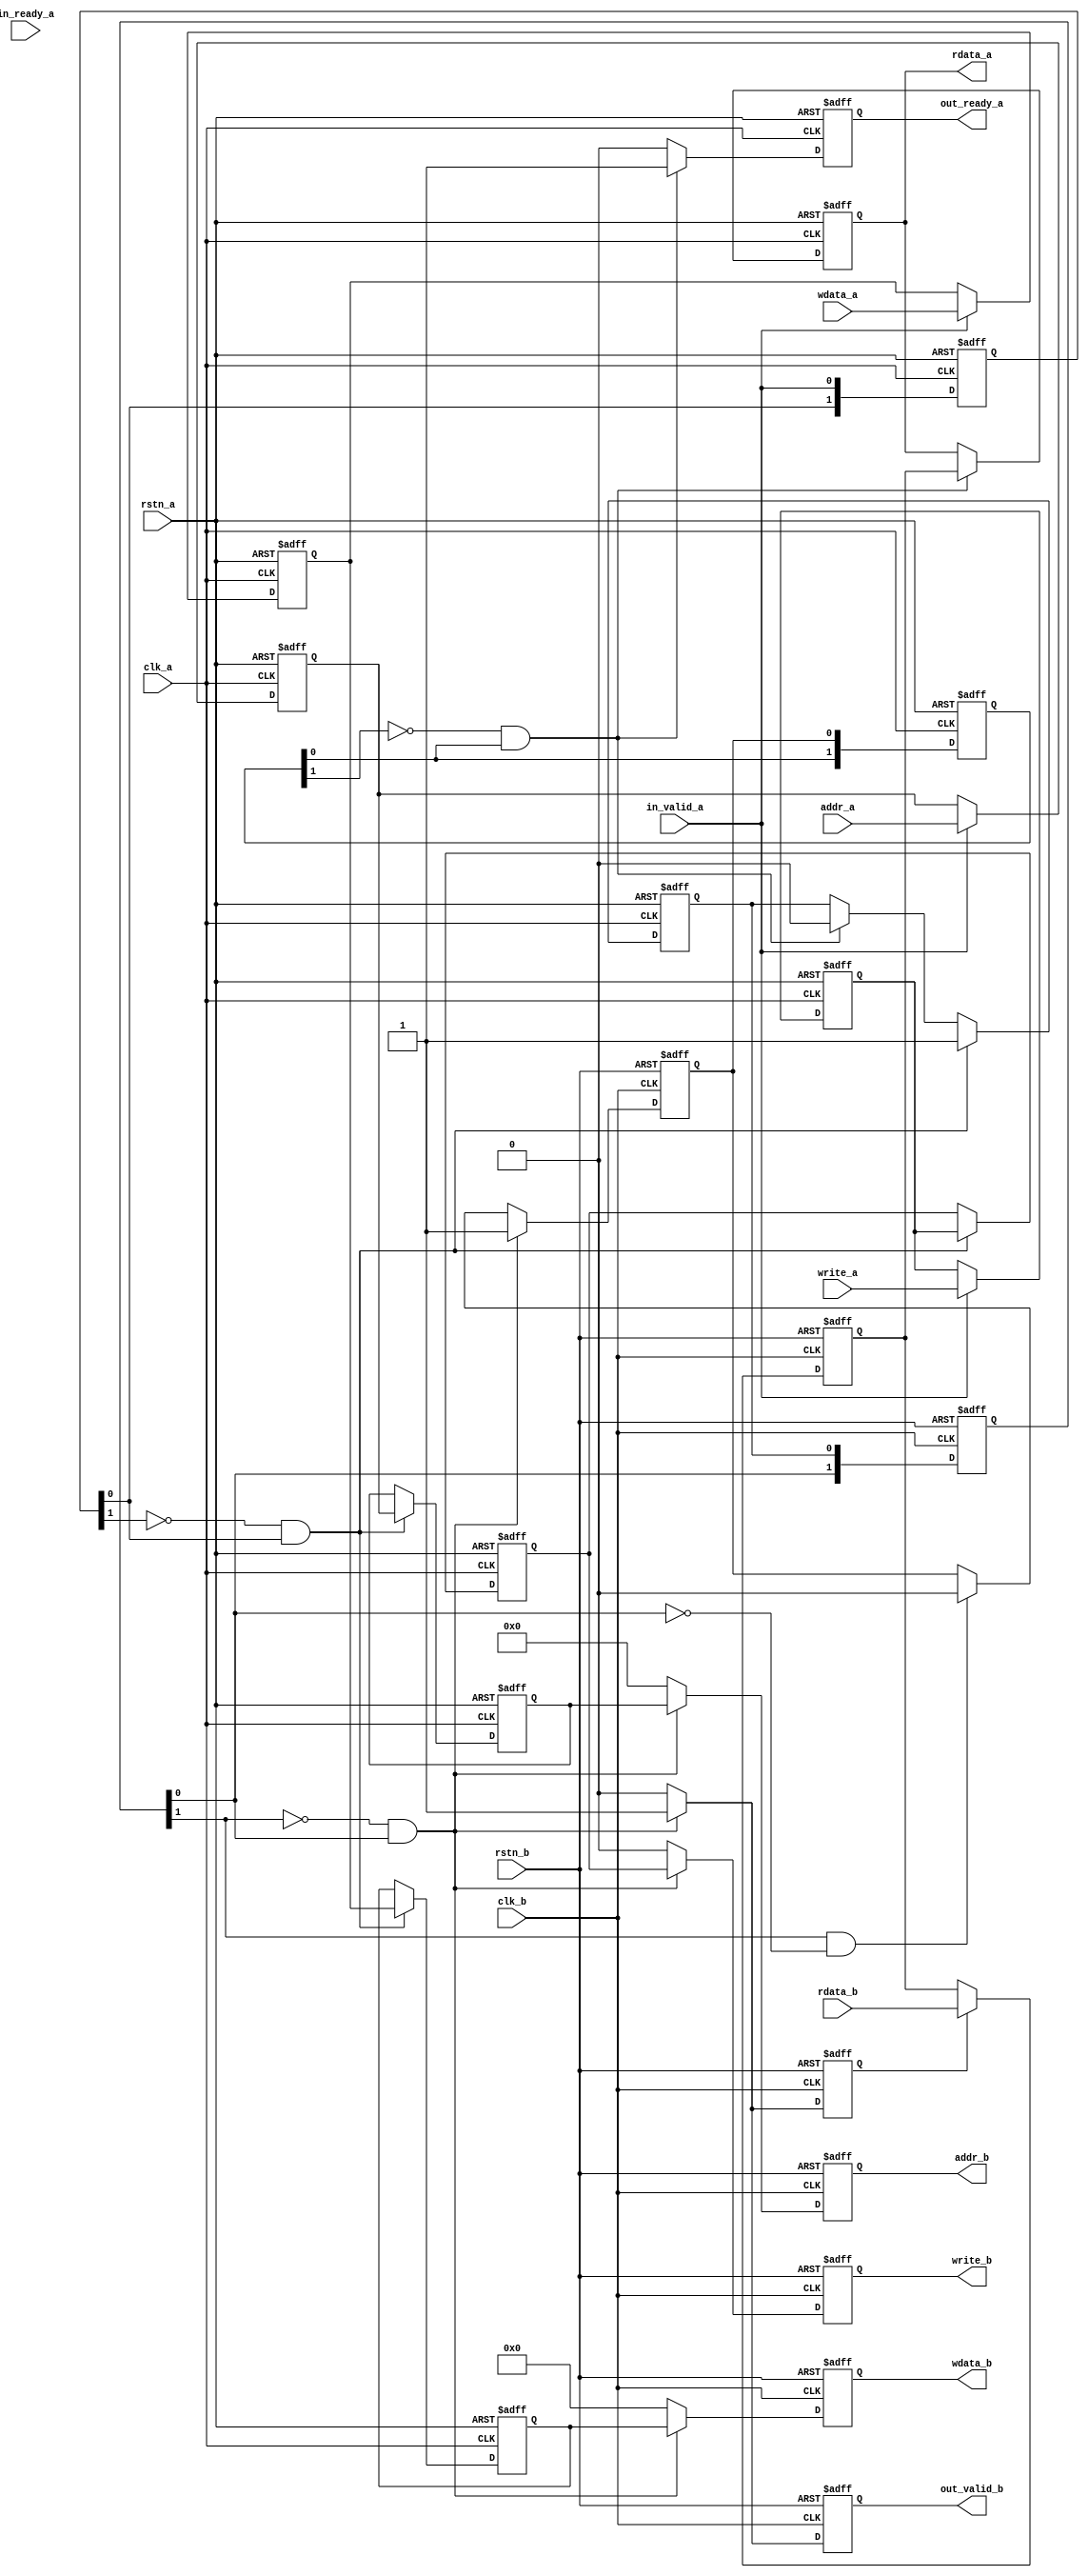
// --------------------------------------------------------------------
// Copyright (c) 2023 by JLSemi Inc.
// --------------------------------------------------------------------
//
//                     JLSemi
//                     Shanghai, China
//                     Name : Zhiling Guo
//
// --------------------------------------------------------------------
// --------------------------------------------------------------------
//  Revision History:1.0
//  Date          By            Revision    Change Description
//---------------------------------------------------------------------
//  2024-01-30    zlguo         1.0         apb_handshake
//  2024-06-20    zlguo         2.0         handshake
// --------------------------------------------------------------------
// --------------------------------------------------------------------

`timescale 1ns/1ns

module handshake
#(
    parameter DATA_WIDTH = 32,
    parameter ADDR_WIDTH = 19
)
(
    input   wire                        clk_a,
    input   wire                        rstn_a,
    input   wire                        in_valid_a,
    input   wire                        in_ready_a,
    output  reg                         out_ready_a,
    input   wire                        write_a,
    input   wire    [ADDR_WIDTH-1:0]    addr_a,
    input   wire    [DATA_WIDTH-1:0]    wdata_a,
    output  reg     [DATA_WIDTH-1:0]    rdata_a,

    input   wire                        clk_b,
    input   wire                        rstn_b,
    output  reg                         write_b,
    output  reg     [ADDR_WIDTH-1:0]    addr_b,
    input   wire    [DATA_WIDTH-1:0]    rdata_b,
    output  reg     [DATA_WIDTH-1:0]    wdata_b,
    output  reg                         out_valid_b

);
    reg [1:0]               in_valid_a_dly;
    wire                    in_valid_a_pos;
    reg [ADDR_WIDTH-1:0]    reg_addr_a;
    reg [DATA_WIDTH-1:0]    reg_wdata_a;
    reg                     reg_write_a;

    reg                     req;
    reg [1:0]               req_sync;
    wire                    req_sync_pos;
    wire                    req_sync_neg;
    reg [DATA_WIDTH-1:0]    reg_rdata;

    reg                     rsp;
    reg [1:0]               rsp_sync;
    wire                    rsp_sync_pos;
    
    /* ---------------------------------------
     generate in_valid_a posedge in clock a
     ---------------------------------------- */
    always @(posedge clk_a or negedge rstn_a)
    begin
        if (~rstn_a)
            in_valid_a_dly <= 2'b0;
        else
            in_valid_a_dly <= { in_valid_a_dly[0], in_valid_a };
    end

    assign in_valid_a_pos = ~in_valid_a_dly[1] & in_valid_a_dly[0];

    /* ---------------------------------------
     reg paddr, pwdata, pwrite in clock a
     ---------------------------------------- */
    reg write_a_dly;
    reg [DATA_WIDTH-1:0] wdata_a_dly;
    reg [ADDR_WIDTH-1:0] addr_a_dly;

    always @(posedge clk_a or negedge rstn_a)
    begin
        if (~rstn_a)
        begin
            addr_a_dly  <= {(ADDR_WIDTH){1'b0}};
            wdata_a_dly <= {(DATA_WIDTH){1'b0}};
            write_a_dly <= 1'b0;
        end
        //else if (in_valid_a_pos)
        else if (in_valid_a)
        begin
            addr_a_dly  <= addr_a;
            wdata_a_dly <= wdata_a;
            write_a_dly <= write_a;
        end
    end

    always @(posedge clk_a or negedge rstn_a)
    begin
        if (~rstn_a)
        begin
            reg_addr_a  <= {(ADDR_WIDTH){1'b0}};
            reg_wdata_a <= {(DATA_WIDTH){1'b0}};
            reg_write_a <= 1'b0;
        end
        else if (in_valid_a_pos)
        begin
            reg_addr_a  <= addr_a_dly;
            reg_wdata_a <= wdata_a_dly;
            reg_write_a <= write_a_dly;
        end
    end
    
    /* ---------------------------------------
     generate req in clock a
     ---------------------------------------- */
    always @(posedge clk_a or negedge rstn_a)
    begin
        if (~rstn_a)
            req <= 1'b0;
        else if (in_valid_a_pos)
            req <= 1'b1;
        else if (rsp_sync_pos)
            req <= 1'b0;
    end
    
    /* ----------------------------------------------------------
     req sync in clock b, generate req_sync posedge and negedge
     ----------------------------------------------------------- */
    always @(posedge clk_b or negedge rstn_b)
    begin
        if (~rstn_b)
            req_sync <= 2'b0;
        else
            req_sync <= { req_sync[0], req };
    end
    
    assign req_sync_pos = ~req_sync[1] & req_sync[0];
    assign req_sync_neg = req_sync[1] & ~req_sync[0];

    /* ---------------------------------------
     reg rdata in clock b
     ---------------------------------------- */
    reg rsp_valid;
    always @(posedge clk_b or negedge rstn_b)
    begin
        if (~rstn_b)
            rsp_valid <= 1'b0;
        else if (req_sync_pos)
            rsp_valid <= 1'b1;
        else
            rsp_valid <= 1'b0;
    end

    always @(posedge clk_b or negedge rstn_b)
    begin
        if (~rstn_b)
            reg_rdata <={(DATA_WIDTH){1'b0}};
        else if (rsp_valid)
            reg_rdata <= rdata_b;
    end

    /* ---------------------------------------
     generate rsp in clock b
     ---------------------------------------- */
    always @(posedge clk_b or negedge rstn_b)
    begin
        if (~rstn_b)
            rsp <= 1'b0;
        else if (req_sync_pos) begin
            //if(in_ready_a)
            rsp <= 1'b1;
        end
        else if (req_sync_neg)
            rsp <= 1'b0;
    end

    /* ---------------------------------------
     rsp sync in clock a
     ---------------------------------------- */
    always @(posedge clk_a or negedge rstn_a)
    begin
        if (~rstn_a)
            rsp_sync <= 2'b0;
        else
            rsp_sync <= { rsp_sync[0], rsp };
    end

    assign rsp_sync_pos = ~rsp_sync[1] & rsp_sync[0];

    /* ---------------------------------------
     output rdata in clock a
     ---------------------------------------- */
    always @(posedge clk_a or negedge rstn_a)
    begin
        if (~rstn_a)
            rdata_a <= 2'b0;
        else if (rsp_sync_pos)
            rdata_a <= reg_rdata;
    end

    /* ---------------------------------------
     generate out_valid_b in clock b
     ---------------------------------------- */
    always @(posedge clk_b or negedge rstn_b)
    begin
        if (~rstn_b)
            out_valid_b <= 1'b0;
        else if (req_sync_pos)
            out_valid_b <= 1'b1;
        else
            out_valid_b <= 1'b0;
    end

    /* ---------------------------------------
     generate out_valid_a in clock a
     ---------------------------------------- */
    always @(posedge clk_a or negedge rstn_a)
    begin
        if (~rstn_a)
            out_ready_a <= 1'b0;
        else if (rsp_sync_pos)
            out_ready_a <= 1'b1;
        else
            out_ready_a <= 1'b0;
    end

    /* ---------------------------------------
     out paddr, pwdata, pwrite in clock b
     ---------------------------------------- */
    always @(posedge clk_b or negedge rstn_b)
    begin
        if (~rstn_b)
        begin
            addr_b  <= {(ADDR_WIDTH){1'b0}};
            wdata_b <= {(DATA_WIDTH){1'b0}};
            write_b <= 1'b0;
        end
        else if (req_sync_pos)
        begin
            addr_b  <= reg_addr_a;
            wdata_b <= reg_wdata_a;
            write_b <= reg_write_a;
        end
        //else if (req_sync_neg)
        else
        begin
            addr_b  <= {(ADDR_WIDTH){1'b0}};
            wdata_b <= {(DATA_WIDTH){1'b0}};
            write_b <= 1'b0;
        end
    end

endmodule